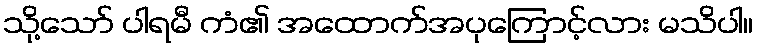
သို့သော် ပါရမီ ကံ၏ အထောက်အပုကြောင့်လား မသိပါ။